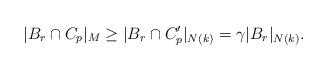
LaTeX: \begin{align*}|B_r \cap C_p|_M \geq |B_r \cap C'_p|_{N(k)} = \gamma |B_r|_{N(k)} .\end{align*}